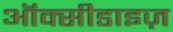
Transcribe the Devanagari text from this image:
ऑक्सीडाइज़